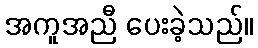
အကူအညီ ပေးခဲ့သည်။